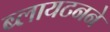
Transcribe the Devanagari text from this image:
ब्लायटनने